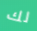
لك